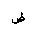
Letter: _dad